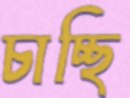
চাচ্ছি